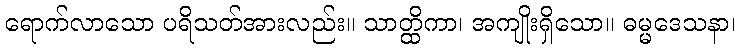
ရောက်လာသော ပရိသတ်အားလည်း။ သာတ္ထိကာ၊ အကျိုးရှိသော။ ဓမ္မဒေသနာ၊